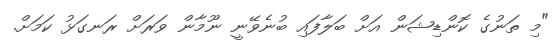
"މި ތަނުގެ ކޮންޑިޝަން އަށް ބަލާފައި ބުނެވޭނީ ނޫމާން ވަރަށް ރަނގަޅު ކަމަށް.